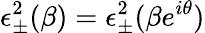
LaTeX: \epsilon_{\pm}^{2}(\beta)=\epsilon_{\pm}^{2}(\beta e^{i\theta})